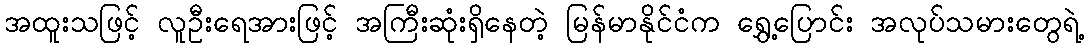
အထူးသဖြင့် လူဦးရေအားဖြင့် အကြီးဆုံးရှိနေတဲ့ မြန်မာနိုင်ငံက ရွှေ့ပြောင်း အလုပ်သမားတွေရဲ့